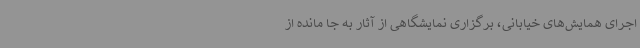
اجرای همایش‌های خیابانی، برگزاری نمایشگاهی از آثار به جا مانده از